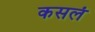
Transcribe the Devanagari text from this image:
कसलं